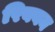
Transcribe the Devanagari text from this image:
रिबबन